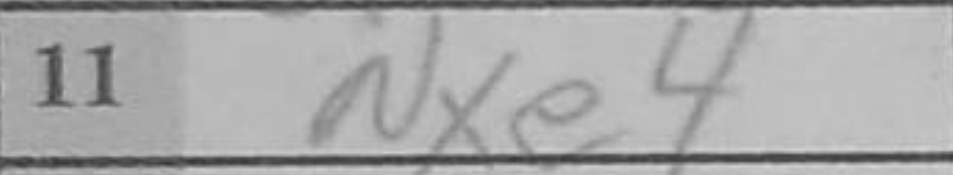
Transcription: Nxe4